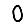
Digit: 0